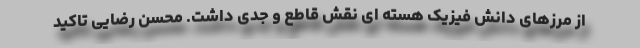
از مرزهای دانش فیزیک هسته ای نقش قاطع و جدی داشت. محسن رضایی تاکید